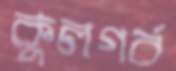
কুলগর্ব